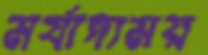
মর্যাদাময়